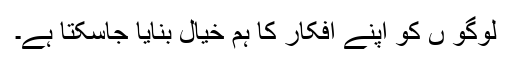
لوگو ں کو اپنے افکار کا ہم خیال بنایا جاسکتا ہے۔